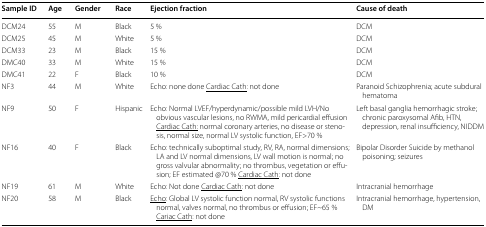
<table><thead><tr><td><b>Sample ID</b></td><td><b>Age</b></td><td><b>Gender</b></td><td><b>Race</b></td><td><b>Ejection fraction</b></td><td><b>Cause of death</b></td></tr></thead><tbody><tr><td>DCM24</td><td>55</td><td>M</td><td>Black</td><td>5 %</td><td>DCM</td></tr><tr><td>DCM25</td><td>45</td><td>M</td><td>White</td><td>5 %</td><td>DCM</td></tr><tr><td>DCM33</td><td>23</td><td>M</td><td>Black</td><td>15 %</td><td>DCM</td></tr><tr><td>DMC40</td><td>33</td><td>M</td><td>White</td><td>15 %</td><td>DCM</td></tr><tr><td>DMC41</td><td>22</td><td>F</td><td>Black</td><td>10 %</td><td>DCM</td></tr><tr><td>NF3</td><td>44</td><td>M</td><td>White</td><td>Echo: none done <underline>Cardiac Cath</underline>: not done</td><td>Paranoid Schizophrenia; acute subdural hematoma</td></tr><tr><td>NF9</td><td>50</td><td>F</td><td>Hispanic</td><td>Echo: Normal LVEF/hyperdynamic/possible mild LVH/No obvious vascular lesions, no RWMA, mild pericardial effusion <underline>Cardiac Cath:</underline> normal coronary arteries, no disease or stenosis, normal size, normal LV systolic function, EF&gt;70 %</td><td>Left basal ganglia hemorrhagic stroke; chronic paroxysomal Afib, HTN, depression, renal insufficiency, NIDDM</td></tr><tr><td>NF16</td><td>40</td><td>F</td><td>Black</td><td>Echo: technically suboptimal study, RV, RA, normal dimensions; LA and LV normal dimensions, LV wall motion is normal; no gross valvular abnormality; no thrombus, vegetation or effusion; EF estimated @70 % <underline>Cardiac Cath</underline>: not done</td><td>Bipolar Disorder Suicide by methanol poisoning; seizures</td></tr><tr><td>NF19</td><td>61</td><td>M</td><td>White</td><td>Echo: Not done <underline>Cardiac Cath</underline>: not done</td><td>Intracranial hemorrhage</td></tr><tr><td>NF20</td><td>58</td><td>M</td><td>Black</td><td><underline>Echo</underline>: Global LV systolic function normal, RV systolic functions normal, valves normal, no thrombus or effusion; EF~65 % <underline>Cariac Cath</underline>: not done</td><td>Intracranial hemorrhage, hypertension, DM</td></tr></tbody></table>